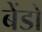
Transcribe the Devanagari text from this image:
बेंडों